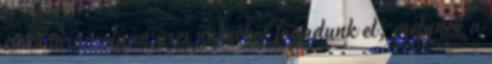
csere során olyan üres palackot fogadunk el, melynek a